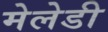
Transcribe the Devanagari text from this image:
मेलेडी